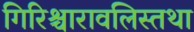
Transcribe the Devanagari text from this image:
गिरिश्चारावलिस्तथा